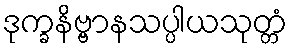
ဒုက္ခနိဗ္ဗာနသပ္ပါယသုတ္တံ